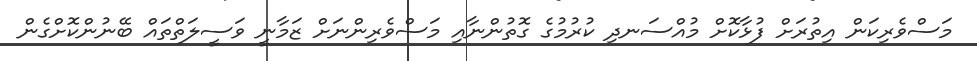
މަސްވެރިކަން އިތުރަށް ފުޅާކޮށް މުއްސަނދި ކުރުމުގެ ގޮތުންނާއި މަސްވެރިންނަށް ޒަމާނީ ވަސީލަތްތައް ބޭނުންކޮށްގެން